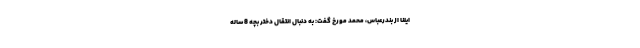
ایلنا از بندرعباس، محمد مورخ گفت: به دنبال انتقال دختر بچه 8 ساله